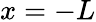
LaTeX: x=-L